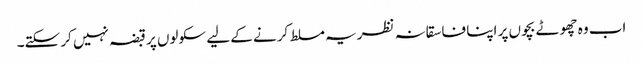
اب وہ چھوٹے بچوں پر اپنا فاسقانہ نظریہ مسلط کرنے کے لیے سکولوں پر قبضہ نہیں کر سکتے۔